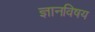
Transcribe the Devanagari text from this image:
ज्ञानविषय